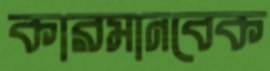
কারমানবেক